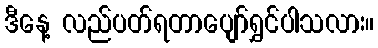
ဒီနေ့ လည်ပတ်ရတာပျော်ရွှင်ပါသလား။